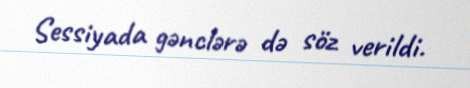
Sessiyada gənclərə də söz verildi.